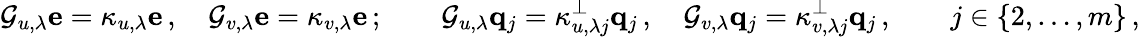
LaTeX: {\mathcal G}_{u,\lambda}{\mathbf e}=\kappa_{u,\lambda}{\mathbf e}\, ,\quad{\mathcal G}_{v,\lambda}{\mathbf e}=\kappa_{v,\lambda}{\mathbf e}\, ;\qquad{\mathcal G}_{u,\lambda}{\mathbf q}_{j}=\kappa_{u,\lambda j}^{\perp}{\mathbf q}_{j}\, ,\quad{\mathcal G}_{v,\lambda}{\mathbf q}_{j}=\kappa_{v,\lambda j}^{\perp}{\mathbf q}_{j}\, ,\qquad j\in\lbrace{2,\ldots,m\rbrace}\, ,